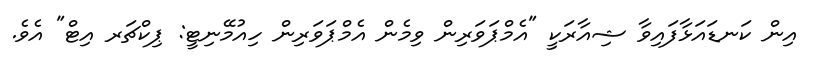
އިން ކަނޑައަޅާފައިވާ ޝިއާރަކީ "އެމްޕަވަރިން ވިމެން އެމްޕަވަރިން ހިއުމޭނިޓީ: ޕިކްޗަރ އިޓް" އެވެ.